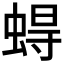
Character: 𧍋